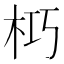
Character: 𭩣